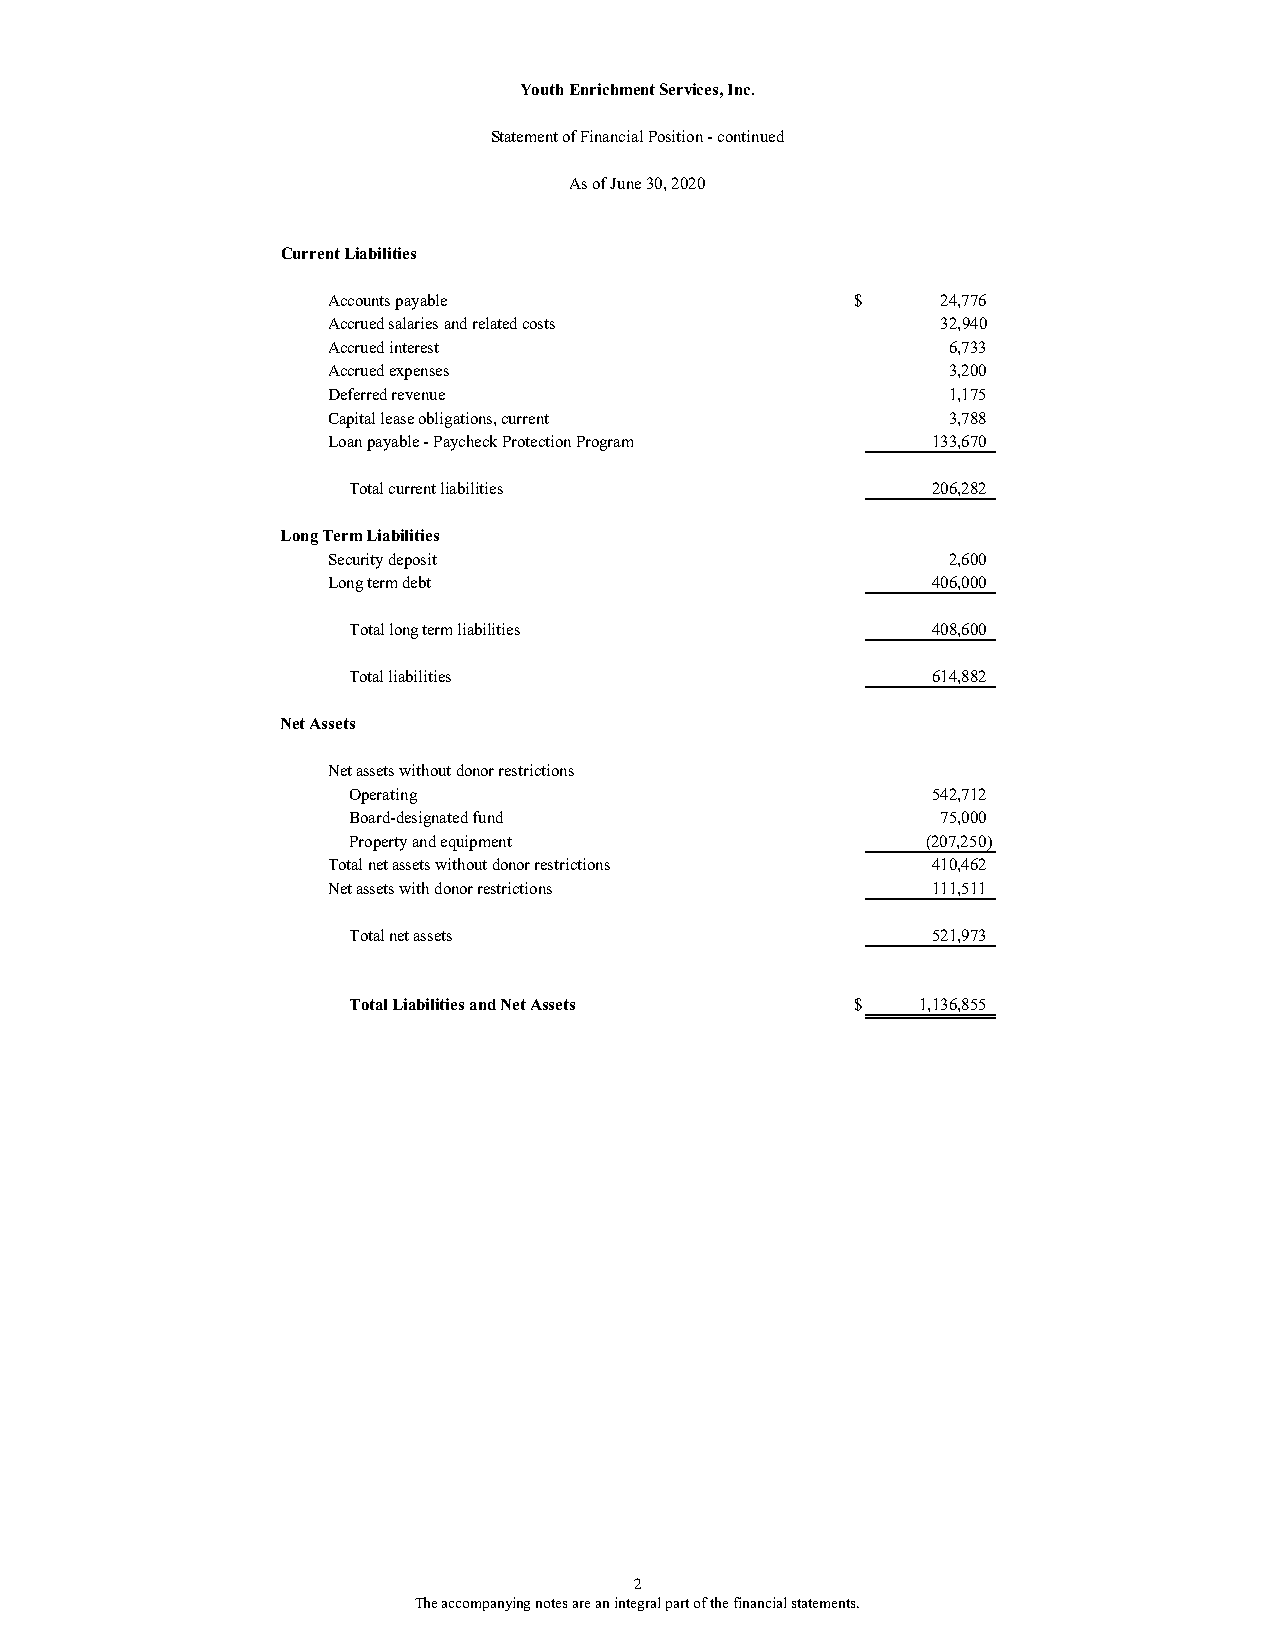
Youth Enrichment Services, Inc.
 Statement of Financial Position - continued
 As of June 30, 2020
 Current Liabilities
 Accounts payable                   $    24,776
 Accrued salaries and related costs      32,940
 Accrued interest                         6,733
 Accrued expenses                         3,200
 Deferred revenue                         1,175
 Capital lease obligations, current       3,788
 Loan payable - Paycheck Protection Program 133,670
 Total current liabilities              206,282
 Long Term Liabilities
 Security deposit                         2,600
 Long term debt                          406,000
 Total long term liabilities            408,600
 Total liabilities                      614,882
 Net Assets
 Net assets without donor restrictions
 Operating                              542,712
 Board-designated fund                  75,000
 Property and equipment                (207,250)
 Total net assets without donor restrictions 410,462
 Net assets with donor restrictions      111,511
 Total net assets                       521,973
 Total Liabilities and Net Assets  $   1,136,855
 2
 The accompanying notes are an integral part of the financial statements.